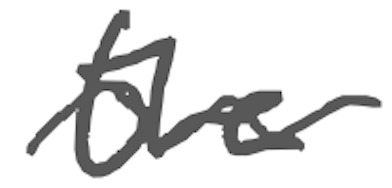
Text: the
Cross-out: mix
Writing tool: digital_gray